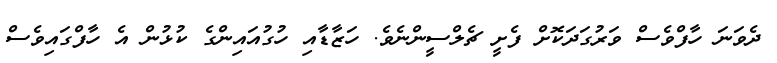
ދެވަނަ ހާފްވެސް ވަރުގަދަކޮށް ފެށީ ޗެލްސީންނެވެ. ހަޒާޑާއި ހުގުއައިންގެ ކުޅުން އެ ހާފްގައިވެސް